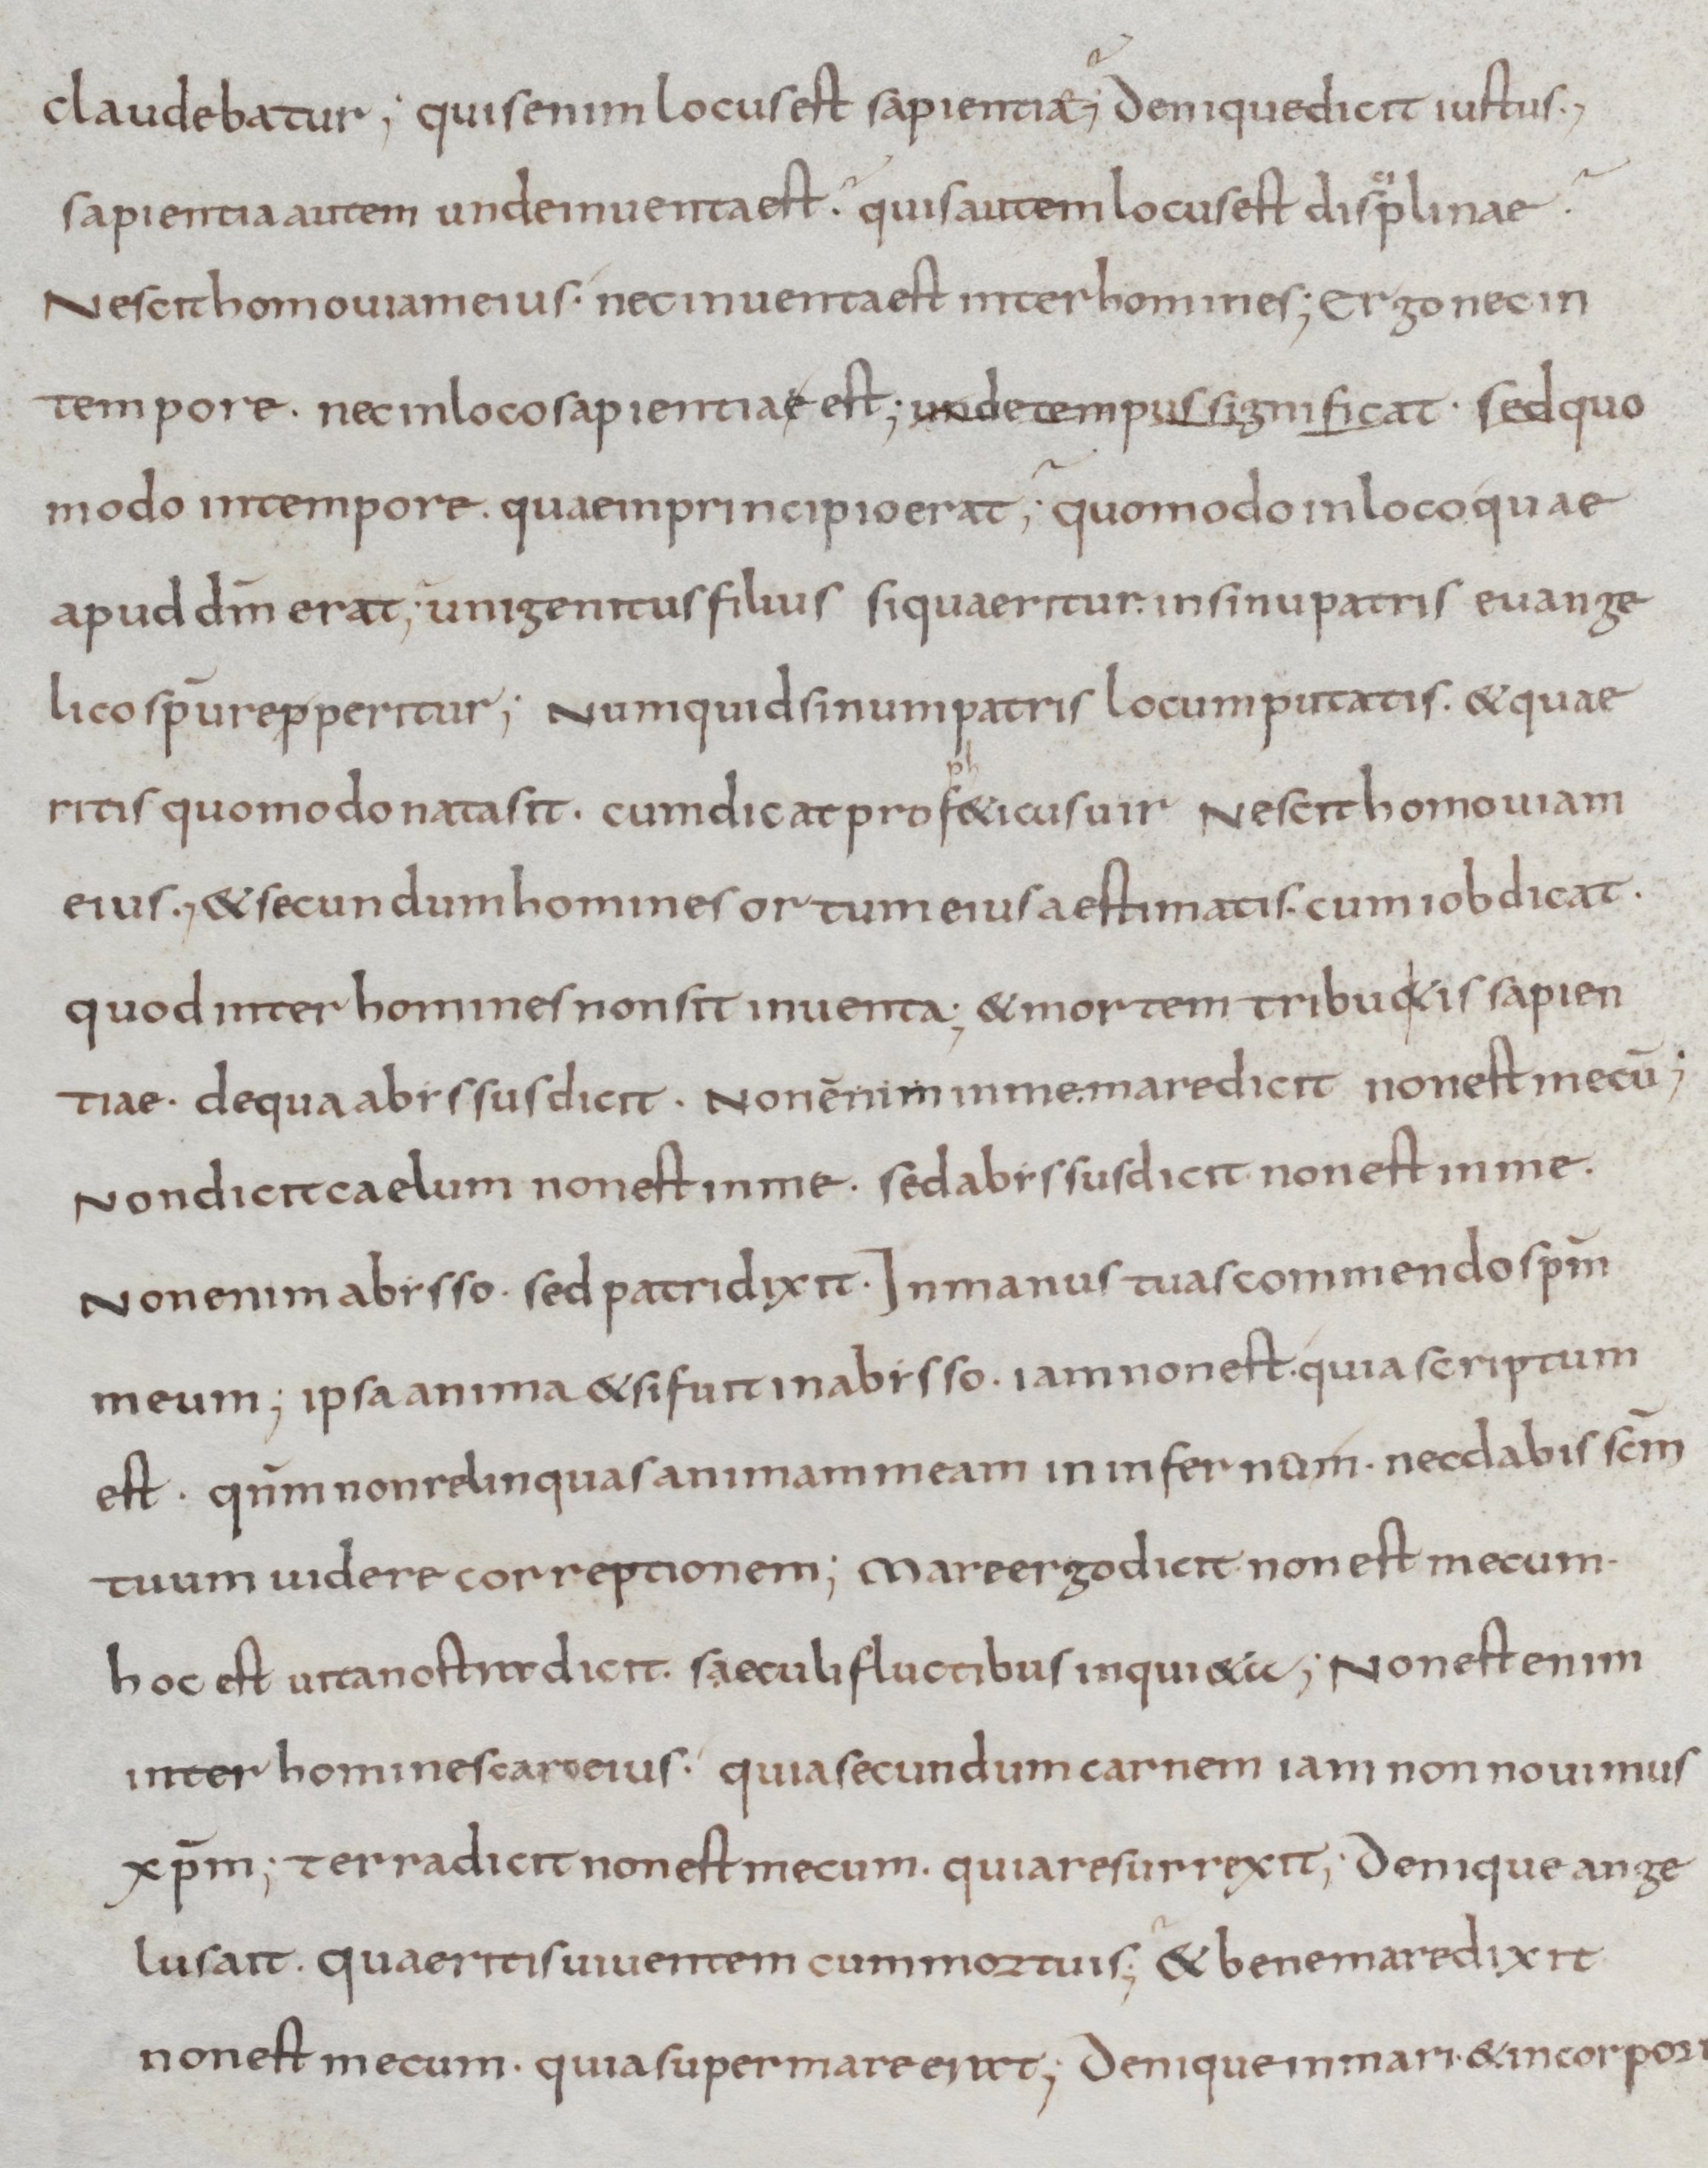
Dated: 800–899